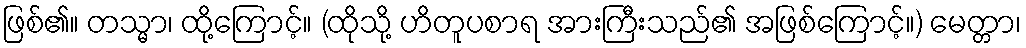
ဖြစ်၏။ တသ္မာ၊ ထို့ကြောင့်။ (ထိုသို့ ဟိတူပစာရ အားကြီးသည်၏ အဖြစ်ကြောင့်။) မေတ္တာ၊